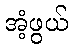
အံ့ဖွယ်